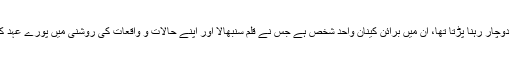
۱۹۸۰ء کے عشرے میں جن لوگوں کو یرغمالی کی حیثیت سے طویل مدت تک غیر یقینی کیفیت سے دوچار رہنا پڑتا تھا، ان میں برائن کینان واحد شخص ہے جس نے قلم سنبھالا اور اپنے حالات و واقعات کی روشنی میں پورے عہد کا تجزیہ کیا اور “An Evil Cradling” کے عنوان سے ایسی کتاب لکھی جو سو سال زندہ رہے گی۔